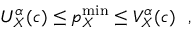
U _ { X } ^ { \alpha } ( c ) \leq p _ { X } ^ { \mathrm { m i n } } \leq V _ { X } ^ { \alpha } ( c ) ~ ~ ,